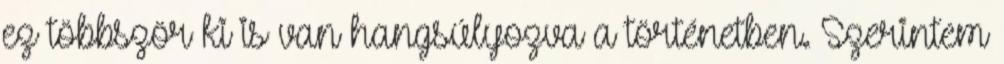
ez többször ki is van hangsúlyozva a történetben. Szerintem